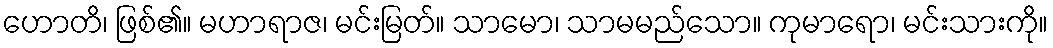
ဟောတိ၊ ဖြစ်၏။ မဟာရာဇ၊ မင်းမြတ်။ သာမော၊ သာမမည်သော။ ကုမာရော၊ မင်းသားကို။